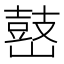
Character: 𡽌